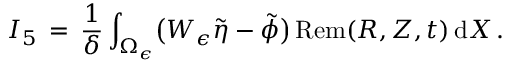
I _ { 5 } \, = \, \frac { 1 } { \delta } \int _ { \Omega _ { \epsilon } } \bigl ( W _ { \epsilon } \tilde { \eta } - \tilde { \phi } \bigr ) \, \mathrm { R e m } ( R , Z , t ) \, \mathrm { d } X \, .